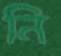
নি